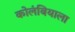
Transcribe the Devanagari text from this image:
कोलंबियाला